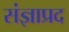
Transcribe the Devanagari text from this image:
संज्ञाप्रद